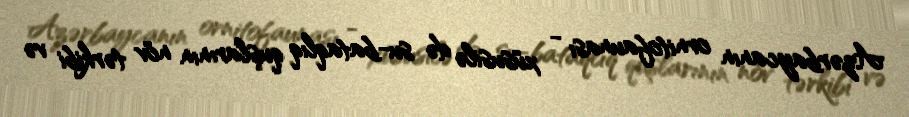
Azərbaycanın ornitofaunası - xüsusilə də su-bataqlıq quşlarının növ tərkibi və